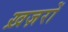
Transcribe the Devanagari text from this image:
ख़ज़रों